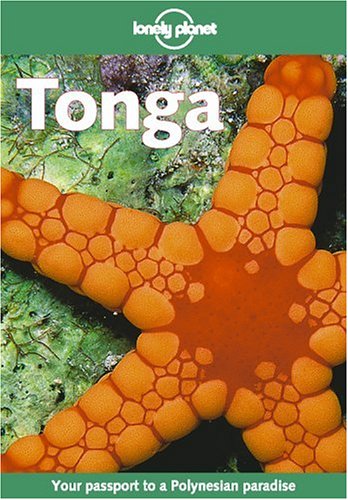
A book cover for Lonely Planet Tonga; Matt Fletcher; Travel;